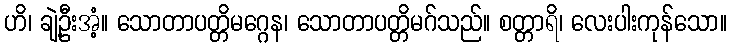
ဟိ၊ ချဲ့ဦးအံ့။ သောတာပတ္တိမဂ္ဂေန၊ သောတာပတ္တိမဂ်သည်။ စတ္တာရိ၊ လေးပါးကုန်သော။